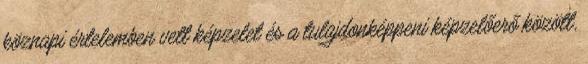
köznapi értelemben vett képzelet és a tulajdonképpeni képzelőerő között,